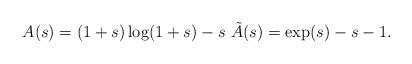
LaTeX: \begin{align*} A(s) = (1+s)\log(1+s) -s \, \, \tilde{A}(s) = \exp(s) -s -1. \end{align*}